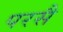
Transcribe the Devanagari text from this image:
परसै